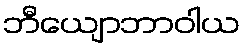
ဘီယျောဘာဝါယ